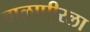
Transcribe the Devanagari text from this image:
बालापीरला